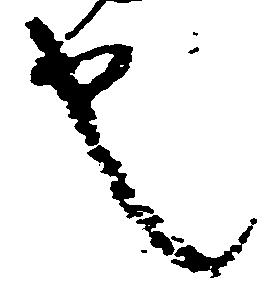
也